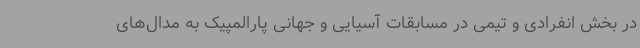
در بخش انفرادی و تیمی در مسابقات آسیایی و جهانی پارالمپیک به مدال‌های